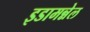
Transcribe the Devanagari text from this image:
इडामन्नेल